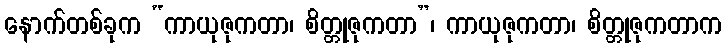
နောက်တစ်ခုက “ကာယုဇုကတာ၊ စိတ္တုဇုကတာ”၊ ကာယုဇုကတာ၊ စိတ္တုဇုကတာက